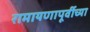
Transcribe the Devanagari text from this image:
रामायणापूर्वीच्या